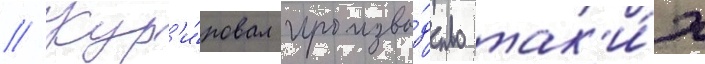
// Кур'и́ровал произво́дство так'и́х